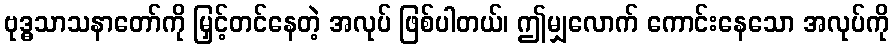
ဗုဒ္ဓသာသနာတော်ကို မြှင့်တင်နေတဲ့ အလုပ် ဖြစ်ပါတယ်၊ ဤမျှလောက် ကောင်းနေသော အလုပ်ကို